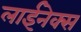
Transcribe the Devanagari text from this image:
लाईनेक्स